Report on sanitation, dispensaries, and jails in Rajputana for 1918, and on vaccination for the year 1918-1919 - 1918-1919
Year: 1918
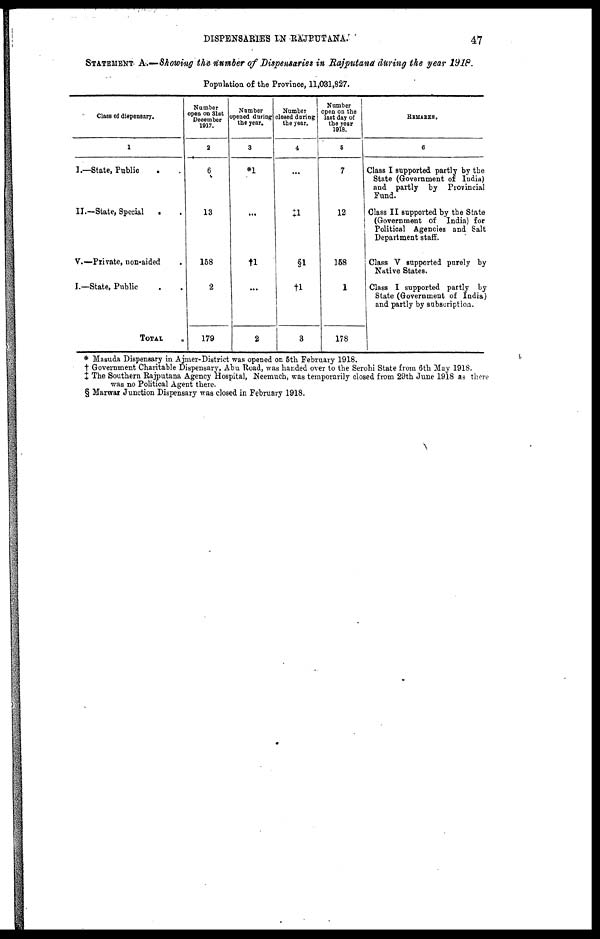
DISPENSARIES IN RAJPUTANA.
47
STATEMENT A.—Showing the number of Dispensaries in Rajputana during the year 1918.
Population of the Province, 11,031,827.
Class of dispensary.
1
I.—State, Public . .
II.—State, Special
. .
V.—Private, non-aided .
I.—State, Public . .
TOTAL .
Number
open on 31st
December
1017.
2
6
13
158
2
179
Number
opened during
the year.
3
*1
...
†1
...
2
Number
closed during
the year.
4
...
‡1
§1
†1
3
Number
open on the
last day of
the year
1018.
5
7
12
158
1
178
REMARKS.
6
Class I supported partly by the
State (Government of India)
and partly by Provincial
Fund.
Class II supported by the State
(Government of India) for
Political Agencies and Salt
Department staff.
Class V supported purely by
Native States.
Class I supported partly by
State (Government of India)
and partly by subscription.
* Masuda Dispensary in Ajmer-District was opened on 5th February 1918.
† Government Charitable Dispensary, Abu Road, was handed over to the Serohi State from 6th May 1918.
‡ The Southern Rajputana Agency Hospital, Neemuch, was temporarily closed from 29th June 1918 as there
was no Political Agent there.
§ Marwar Junction Dispensary was closed in February 1918.